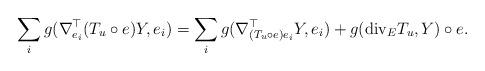
LaTeX: \begin{align*}\sum_i g(\nabla^{\top}_{e_i}(T_u\circ e)Y,e_i)=\sum_i g(\nabla^{\top}_{(T_u\circ e)e_i}Y,e_i)+g({\rm div}_ET_u,Y)\circ e.\end{align*}